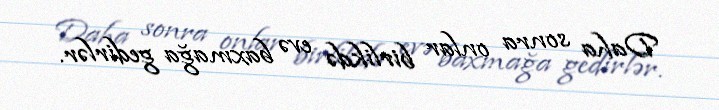
Daha sonra onlar birlikdə evə baxmağa gedirlər.